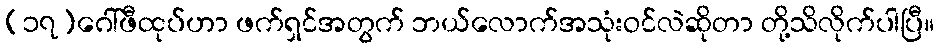
(၁၇)ဂေါ်ဖီထုပ်ဟာ ဖက်ရှင်အတွက် ဘယ်လောက်အသုံးဝင်လဲဆိုတာ တို့သိလိုက်ပါပြီ။